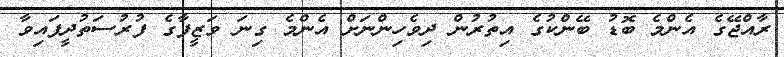
ރާއްޖޭގެ އެންމެ ބޮޑު ބޭންކުގެ އިތުރުން ދިވެހިންނަށް އެންމެ ގިނަ ވަޒީފާގެ ފުރުސަތުދީފައިވާ